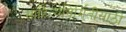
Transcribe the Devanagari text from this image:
साहित्यनिर्मितीसाठी